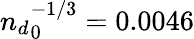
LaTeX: {n_{d}}_{0}^{-1/3}=0.0046